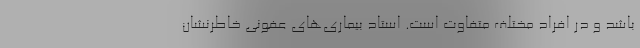
باشد و در افراد مختلف متفاوت است. استاد بیماری‌های عفونی خاطرنشان